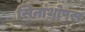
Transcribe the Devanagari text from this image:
सिनांथ्रोपस